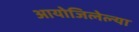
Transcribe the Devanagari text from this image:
आयोजिलेल्या